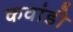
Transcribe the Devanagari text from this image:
कवांडी